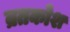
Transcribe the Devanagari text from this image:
व्रतकोश